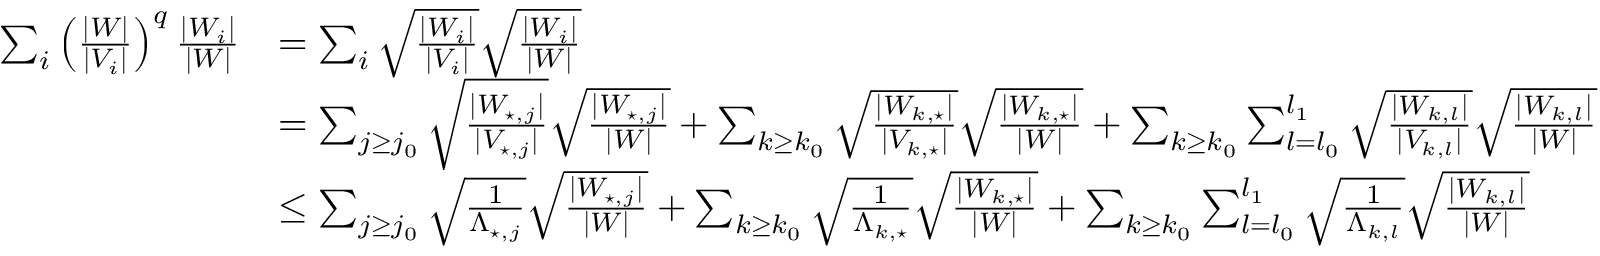
\begin{array} { r l } { \sum _ { i } \left( \frac { | W | } { | V _ { i } | } \right) ^ { q } \frac { | W _ { i } | } { | W | } } & { = \sum _ { i } \sqrt { \frac { | W _ { i } | } { | V _ { i } | } } \sqrt { \frac { | W _ { i } | } { | W | } } } \\ & { = \sum _ { j \geq j _ { 0 } } \sqrt { \frac { | W _ { \star , j } | } { | V _ { \star , j } | } } \sqrt { \frac { | W _ { \star , j } | } { | W | } } + \sum _ { k \geq k _ { 0 } } \sqrt { \frac { | W _ { k , \star } | } { | V _ { k , \star } | } } \sqrt { \frac { | W _ { k , \star } | } { | W | } } + \sum _ { k \geq k _ { 0 } } \sum _ { l = l _ { 0 } } ^ { l _ { 1 } } \sqrt { \frac { | W _ { k , l } | } { | V _ { k , l } | } } \sqrt { \frac { | W _ { k , l } | } { | W | } } } \\ & { \leq \sum _ { j \geq j _ { 0 } } \sqrt { \frac { 1 } { \Lambda _ { \star , j } } } \sqrt { \frac { | W _ { \star , j } | } { | W | } } + \sum _ { k \geq k _ { 0 } } \sqrt { \frac { 1 } { \Lambda _ { k , \star } } } \sqrt { \frac { | W _ { k , \star } | } { | W | } } + \sum _ { k \geq k _ { 0 } } \sum _ { l = l _ { 0 } } ^ { l _ { 1 } } \sqrt { \frac { 1 } { \Lambda _ { k , l } } } \sqrt { \frac { | W _ { k , l } | } { | W | } } } \end{array}